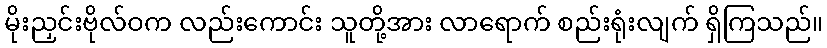
မိုးညှင်းဗိုလ်ဝက လည်းကောင်း သူတို့အား လာရောက် စည်းရုံးလျက် ရှိကြသည်။